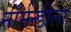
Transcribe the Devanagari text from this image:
नॉर्मन्डीला